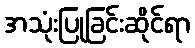
အသုံးပြုခြင်းဆိုင်ရာ